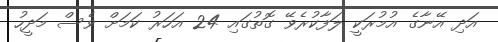
އަދި އޭނާގެ އުމުރަކީ ލަފާކުރެވޭ ގޮތުގައި 24 އަހަރު ކަމަށް ވެސް މަދީހު